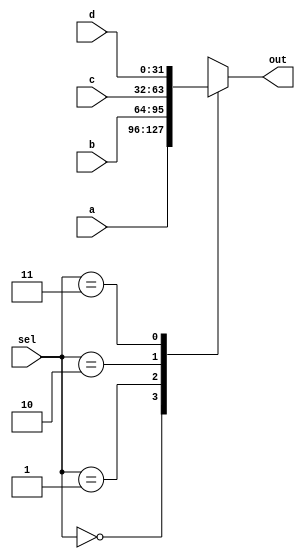
`timescale 1ns / 1ns
module Mux(input [31:0] d, c, b, a, input [1:0] sel, output [31:0] out);
    reg [31:0] outTemp;
    always @ ( * ) begin
        case (sel)
            0: outTemp = a;
            1: outTemp = b;
            2: outTemp = c;
            3: outTemp = d;
            default: outTemp = a;
        endcase
    end
    assign out = outTemp;
endmodule
/*
module MuxTB();
    reg [31:0] d = 32'd300, c = 32'd200, b = 32'd100, a = 32'd0;
    reg [1:0] sel;
    wire [31:0] out;
    Mux ut(d, c, b, a, sel, out);

    initial begin
        sel = $urandom % 4;
        #1000;
        sel = $urandom % 4;
        #1000;
        $stop;
    end
endmodule
*/